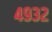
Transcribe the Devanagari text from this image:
४९३२